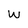
Character: w